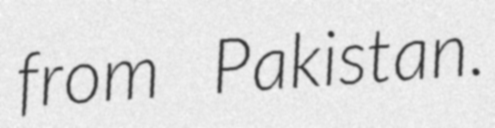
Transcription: from Pakistan.